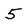
Character: 5